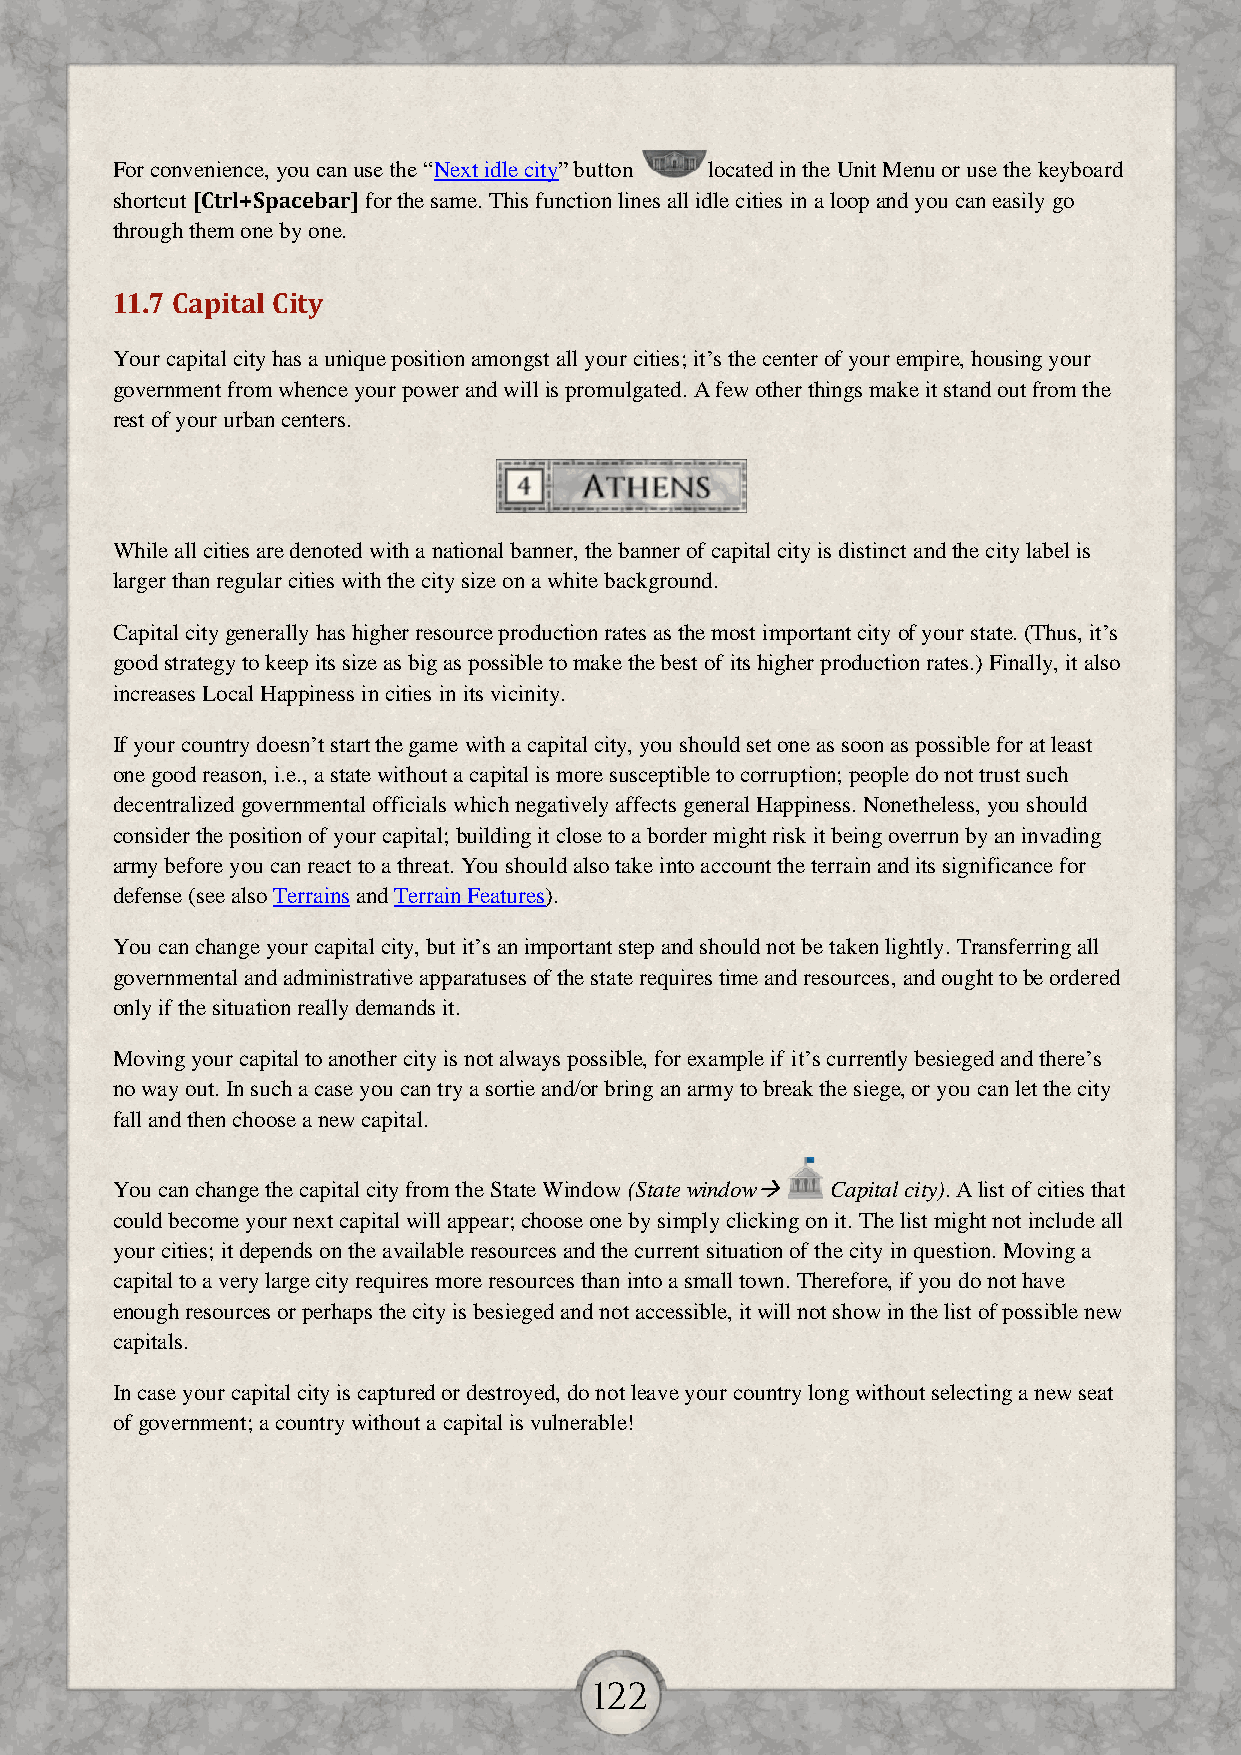
For convenience, you can use the “Next idle city” button located in the Unit Menu or use the keyboard
 shortcut [Ctrl+Spacebar] for the same. This function lines all idle cities in a loop and you can easily go
 through them one by one.
 11.7 Capital City
 Your capital city has a unique position amongst all your cities; it’s the center of your empire, housing your
 government from whence your power and will is promulgated. A few other things make it stand out from the
 rest of your urban centers.
 While all cities are denoted with a national banner, the banner of capital city is distinct and the city label is
 larger than regular cities with the city size on a white background.
 Capital city generally has higher resource production rates as the most important city of your state. (Thus, it’s
 good strategy to keep its size as big as possible to make the best of its higher production rates.) Finally, it also
 increases Local Happiness in cities in its vicinity.
 If your country doesn’t start the game with a capital city, you should set one as soon as possible for at least
 one good reason, i.e., a state without a capital is more susceptible to corruption; people do not trust such
 decentralized governmental officials which negatively affects general Happiness. Nonetheless, you should
 consider the position of your capital; building it close to a border might risk it being overrun by an invading
 army before you can react to a threat. You should also take into account the terrain and its significance for
 defense (see also Terrains and Terrain Features).
 You can change your capital city, but it’s an important step and should not be taken lightly. Transferring all
 governmental and administrative apparatuses of the state requires time and resources, and ought to be ordered
 only if the situation really demands it.
 Moving your capital to another city is not always possible, for example if it’s currently besieged and there’s
 no way out. In such a case you can try a sortie and/or bring an army to break the siege, or you can let the city
 fall and then choose a new capital.
 You can change the capital city from the State Window (State window Capital city). A list of cities that
 could become your next capital will appear; choose one by simply clicking on it. The list might not include all
 your cities; it depends on the available resources and the current situation of the city in question. Moving a
 capital to a very large city requires more resources than into a small town. Therefore, if you do not have
 enough resources or perhaps the city is besieged and not accessible, it will not show in the list of possible new
 capitals.
 In case your capital city is captured or destroyed, do not leave your country long without selecting a new seat
 of government; a country without a capital is vulnerable!
 122